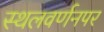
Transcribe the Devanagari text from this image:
स्थलवर्णनपर